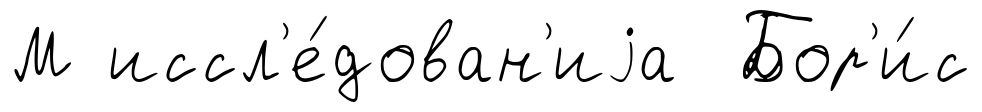
М иссл'е́дован'иjа Бор'и́с